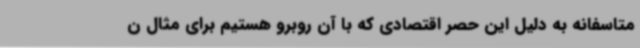
متاسفانه به دلیل این حصر اقتصادی که با آن روبرو هستیم برای مثال ن